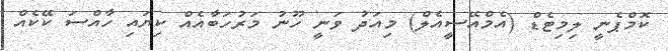
ކޮމްޕެނީ ލިމިޓެޑް (އެމްއޭސީއެލް) މިއަދު ވަނީ ހޫނު މަރުހަބާއެއް ކިޔައި ހާއްސަ ކޭކެއް